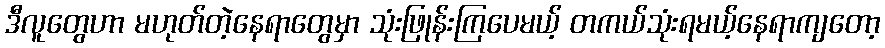
ဒီလူတွေဟာ မဟုတ်တဲ့နေရာတွေမှာ သုံးဖြုန်းကြပေမယ့် တကယ်သုံးရမယ့်နေရာကျတော့